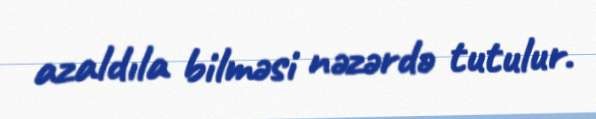
azaldıla bilməsi nəzərdə tutulur.